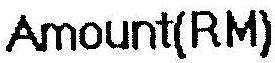
AMOUNT(RM)